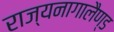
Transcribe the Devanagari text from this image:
राज्यनागालैण्ड